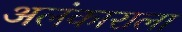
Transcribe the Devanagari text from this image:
अलंकाराला